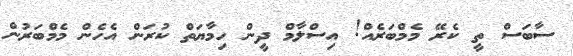
ސާބަސް ތީ ކެރޭ މެމްބަރެއް! އިސްލާމް ދީން ހިމާޔަތް ކުރަން އެހެން މެމްބަރުން